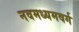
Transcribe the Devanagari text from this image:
नवमध्यमवर्ग